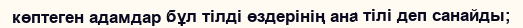
көптеген адамдар бұл тілді өздерінің ана тілі деп санайды;